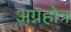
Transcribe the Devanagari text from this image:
अग्नहोत्र